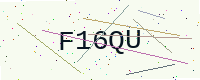
Text: F16QU